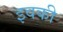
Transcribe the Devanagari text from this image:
इवकी